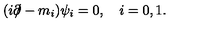
( i \partial \! \! \! / - m _ { i } ) \psi _ { i } = 0 , \quad i = 0 , 1 .